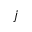
j